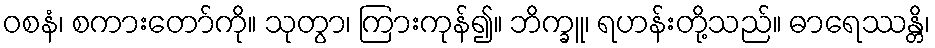
ဝစနံ၊ စကားတော်ကို။ သုတွာ၊ ကြားကုန်၍။ ဘိက္ခူ၊ ရဟန်းတို့သည်။ ဓာရေဿန္တိ၊